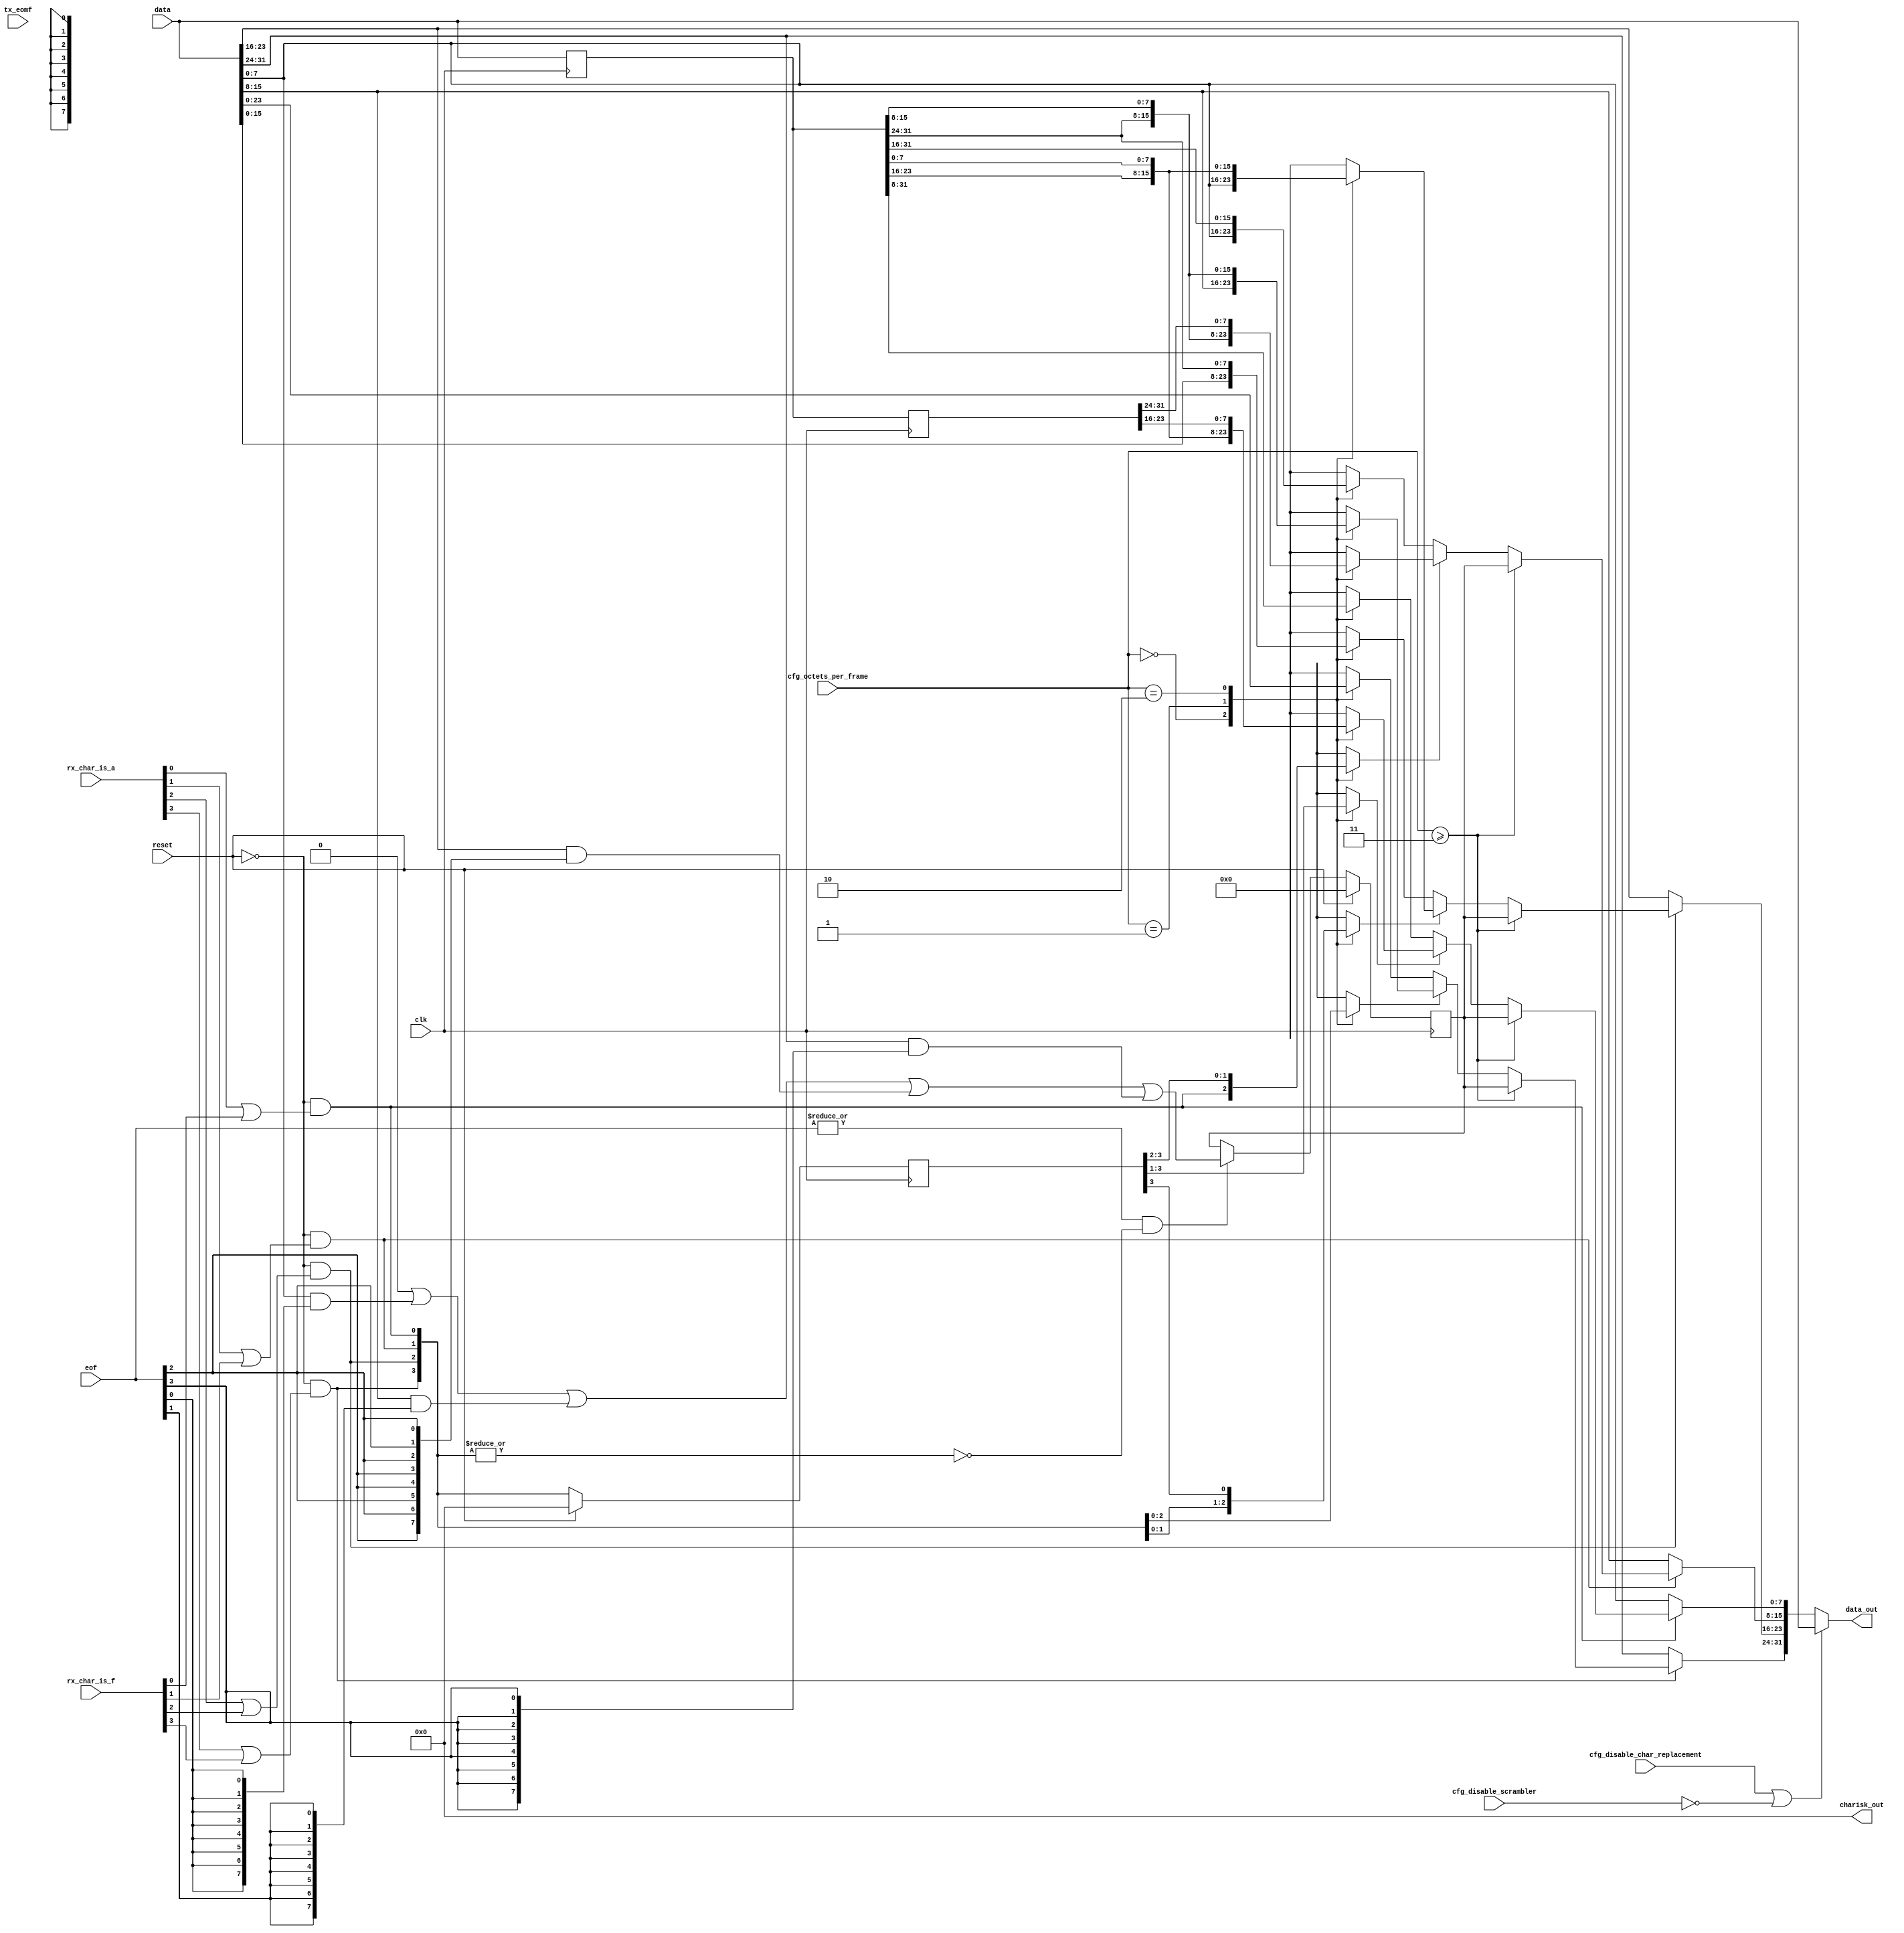
//
// The ADI JESD204 Core is released under the following license, which is
// different than all other HDL cores in this repository.
//
// Please read this, and understand the freedoms and responsibilities you have
// by using this source code/core.
//
// The JESD204 HDL, is copyright  2016-2017 Analog Devices Inc.
//
// This core is free software, you can use run, copy, study, change, ask
// questions about and improve this core. Distribution of source, or resulting
// binaries (including those inside an FPGA or ASIC) require you to release the
// source of the entire project (excluding the system libraries provide by the
// tools/compiler/FPGA vendor). These are the terms of the GNU General Public
// License version 2 as published by the Free Software Foundation.
//
// This core  is distributed in the hope that it will be useful, but WITHOUT ANY
// WARRANTY; without even the implied warranty of MERCHANTABILITY or FITNESS FOR
// A PARTICULAR PURPOSE. See the GNU General Public License for more details.
//
// You should have received a copy of the GNU General Public License version 2
// along with this source code, and binary.  If not, see
// <http://www.gnu.org/licenses/>.
//
// Commercial licenses (with commercial support) of this JESD204 core are also
// available under terms different than the General Public License. (e.g. they
// do not require you to accompany any image (FPGA or ASIC) using the JESD204
// core with any corresponding source code.) For these alternate terms you must
// purchase a license from Analog Devices Technology Licensing Office. Users
// interested in such a license should contact jesd204-licensing@analog.com for
// more information. This commercial license is sub-licensable (if you purchase
// chips from Analog Devices, incorporate them into your PCB level product, and
// purchase a JESD204 license, end users of your product will also have a
// license to use this core in a commercial setting without releasing their
// source code).
//
// In addition, we kindly ask you to acknowledge ADI in any program, application
// or publication in which you use this JESD204 HDL core. (You are not required
// to do so; it is up to your common sense to decide whether you want to comply
// with this request or not.) For general publications, we suggest referencing :
// The design and implementation of the JESD204 HDL Core used in this project
// is copyright  2016-2017, Analog Devices, Inc.
//

// Limitations:
//   DATA_PATH_WIDTH = 4, 8
//   F=1,2,3,4,6, and multiples of DATA_PATH_WIDTH

`timescale 1ns/100ps

module jesd204_frame_align_replace #(
  parameter DATA_PATH_WIDTH = 4,
  parameter IS_RX = 1'b1,
  parameter ENABLED = 1'b1
) (
  input                             clk,
  input                             reset,

  input [7:0]                       cfg_octets_per_frame,
  input                             cfg_disable_char_replacement,
  input                             cfg_disable_scrambler,

  input [DATA_PATH_WIDTH*8-1:0]     data,
  input [DATA_PATH_WIDTH-1:0]       eof,
  input [DATA_PATH_WIDTH-1:0]       rx_char_is_a,
  input [DATA_PATH_WIDTH-1:0]       rx_char_is_f,
  input [DATA_PATH_WIDTH-1:0]       tx_eomf,

  output [DATA_PATH_WIDTH*8-1:0]    data_out,
  output [DATA_PATH_WIDTH-1:0]      charisk_out
);

  localparam DPW_LOG2 = DATA_PATH_WIDTH == 8 ? 3 : DATA_PATH_WIDTH == 4 ? 2 : 1;

  wire                                  single_eof = cfg_octets_per_frame >= (DATA_PATH_WIDTH-1);
  reg  [DATA_PATH_WIDTH*8-1:0]          data_d1;
  reg  [DATA_PATH_WIDTH*8-1:0]          data_d2;
  wire [DATA_PATH_WIDTH-1:0]            char_is_align;
  reg  [DATA_PATH_WIDTH-1:0]            char_is_align_d1;
  reg  [DATA_PATH_WIDTH-1:0]            char_is_align_d2;
  wire [((DATA_PATH_WIDTH*2)+4)*8-1:0]  saved_data;
  wire [((DATA_PATH_WIDTH*2)+4)-1:0]    saved_char_is_align;
  wire [DATA_PATH_WIDTH*8-1:0]          data_replaced;
  wire [DATA_PATH_WIDTH*8-1:0]          data_prev_eof;
  wire [DATA_PATH_WIDTH*8-1:0]          data_prev_prev_eof;
  reg  [7:0]                            data_prev_eof_single;
  reg  [7:0]                            data_prev_eof_single_int;
  reg                                   char_is_align_prev_single;

  wire [DATA_PATH_WIDTH*8-1:0]          prev_data_1;
  wire [DATA_PATH_WIDTH*8-1:0]          prev_prev_data_1;
  wire [DATA_PATH_WIDTH-1:0]            prev_char_is_align_1;
  wire [DATA_PATH_WIDTH*8-1:0]          prev_data_2;
  wire [DATA_PATH_WIDTH*8-1:0]          prev_prev_data_2;
  wire [DATA_PATH_WIDTH-1:0]            prev_char_is_align_2;
  wire [DATA_PATH_WIDTH*8-1:0]          prev_data_3;
  wire [DATA_PATH_WIDTH*8-1:0]          prev_prev_data_3;
  wire [DATA_PATH_WIDTH-1:0]            prev_char_is_align_3;
  wire [DATA_PATH_WIDTH*8-1:0]          prev_data_4;
  wire [DATA_PATH_WIDTH*8-1:0]          prev_prev_data_4;
  wire [DATA_PATH_WIDTH-1:0]            prev_char_is_align_4;
  wire [DATA_PATH_WIDTH*8-1:0]          prev_data_6;
  wire [DATA_PATH_WIDTH*8-1:0]          prev_prev_data_6;
  wire [DATA_PATH_WIDTH-1:0]            prev_char_is_align_6;
  reg  [DATA_PATH_WIDTH*8-1:0]          prev_data;
  reg  [DATA_PATH_WIDTH*8-1:0]          prev_prev_data;
  reg  [DATA_PATH_WIDTH-1:0]            prev_char_is_align;
  reg  [DPW_LOG2:0]                     jj;
  reg  [DPW_LOG2:0]                     ll;

  always @(posedge clk) begin
    data_d1 <= data;
    data_d2 <= data_d1;
  end

  always @(posedge clk) begin
    if(reset) begin
      char_is_align_d1 <= 'b0;
      char_is_align_d2 <= 'b0;
    end else begin
      char_is_align_d1 <= char_is_align;
      char_is_align_d2 <= char_is_align_d1;
    end
  end

  // Capture single EOF in current cycle

  always @(eof, data) begin
    data_prev_eof_single_int = 'b0;
    for(ll = 0; ll < DATA_PATH_WIDTH; ll=ll+1) begin
      data_prev_eof_single_int = data_prev_eof_single_int | (data[ll*8 +: 8] & {8{eof[ll]}});
    end
  end

  always @(posedge clk) begin
    if(reset) begin
      data_prev_eof_single <= 'b0;
    end else begin
      if(|eof && (!IS_RX || !(|char_is_align))) begin
        data_prev_eof_single <= data_prev_eof_single_int;
      end
    end
  end

  always @(posedge clk) begin
    if(reset) begin
      char_is_align_prev_single <= 'b0;
    end else begin
      if(|eof) begin
        char_is_align_prev_single <= |char_is_align;
      end
    end
  end

  assign saved_data = {data, data_d1, data_d2[(DATA_PATH_WIDTH*8)-1:(DATA_PATH_WIDTH-4)*8]};
  assign saved_char_is_align = {char_is_align, char_is_align_d1, char_is_align_d2[DATA_PATH_WIDTH-1:DATA_PATH_WIDTH-4]};

  genvar ii;
  generate
  for (ii = 0; ii < DATA_PATH_WIDTH; ii = ii + 1) begin: gen_replace_byte
    assign prev_data_1[ii*8 +:8] = saved_data[(DATA_PATH_WIDTH+3+ii)*8 +: 8];
    assign prev_data_2[ii*8 +:8] = saved_data[(DATA_PATH_WIDTH+2+ii)*8 +: 8];
    assign prev_data_3[ii*8 +:8] = saved_data[(DATA_PATH_WIDTH+1+ii)*8 +: 8];
    assign prev_prev_data_1[ii*8 +:8] = saved_data[(DATA_PATH_WIDTH+2+ii)*8 +: 8];
    assign prev_prev_data_2[ii*8 +:8] = saved_data[(DATA_PATH_WIDTH+ii)*8 +: 8];
    assign prev_prev_data_3[ii*8 +:8] = saved_data[(DATA_PATH_WIDTH-2+ii)*8 +: 8];
    assign prev_char_is_align_1[ii] = saved_char_is_align[(DATA_PATH_WIDTH+3+ii)];
    assign prev_char_is_align_2[ii] = saved_char_is_align[(DATA_PATH_WIDTH+2+ii)];
    assign prev_char_is_align_3[ii] = saved_char_is_align[(DATA_PATH_WIDTH+1+ii)];

    if(DATA_PATH_WIDTH == 8) begin : gen_dp_8
      assign prev_data_4[ii*8 +:8] = saved_data[(DATA_PATH_WIDTH+ii)*8 +: 8];
      assign prev_data_6[ii*8 +:8] = saved_data[(DATA_PATH_WIDTH-2+ii)*8 +: 8];
      assign prev_prev_data_4[ii*8 +:8] = saved_data[(DATA_PATH_WIDTH-4+ii)*8 +: 8];
      assign prev_prev_data_6[ii*8 +:8] = saved_data[(DATA_PATH_WIDTH-8+ii)*8 +: 8];
      assign prev_char_is_align_4[ii] = saved_char_is_align[(DATA_PATH_WIDTH+ii)];
      assign prev_char_is_align_6[ii] = saved_char_is_align[(DATA_PATH_WIDTH-2+ii)];
    end else begin
      assign prev_data_4[ii*8 +:8] = 'bX;
      assign prev_data_6[ii*8 +:8] = 'bX;
      assign prev_prev_data_4[ii*8 +:8] = 'bX;
      assign prev_prev_data_6[ii*8 +:8] = 'bX;
      assign prev_char_is_align_4[ii] = 'bX;
      assign prev_char_is_align_6[ii] = 'bX;
    end

    always @(*) begin
      case(cfg_octets_per_frame)
        0:
          begin
            prev_data[ii*8 +:8] = prev_data_1[ii*8 +:8];
            prev_prev_data[ii*8 +:8] = prev_prev_data_1[ii*8 +:8];
            prev_char_is_align[ii] = prev_char_is_align_1[ii];
          end
        1:
          begin
            prev_data[ii*8 +:8] = prev_data_2[ii*8 +:8];
            prev_prev_data[ii*8 +:8] = prev_prev_data_2[ii*8 +:8];
            prev_char_is_align[ii] = prev_char_is_align_2[ii];
          end
        2:
          begin
            prev_data[ii*8 +:8] = prev_data_3[ii*8 +:8];
            prev_prev_data[ii*8 +:8] = prev_prev_data_3[ii*8 +:8];
            prev_char_is_align[ii] = prev_char_is_align_3[ii];
          end
        3:
          begin
            prev_data[ii*8 +:8] = prev_data_4[ii*8 +:8];
            prev_prev_data[ii*8 +:8] = prev_prev_data_4[ii*8 +:8];
            prev_char_is_align[ii] = prev_char_is_align_4[ii];
          end
        5:
          begin
            prev_data[ii*8 +:8] = prev_data_6[ii*8 +:8];
            prev_prev_data[ii*8 +:8] = prev_prev_data_6[ii*8 +:8];
            prev_char_is_align[ii] = prev_char_is_align_6[ii];
          end
        default:
          begin
            prev_data[ii*8 +:8] = 'bX;
            prev_prev_data[ii*8 +:8] = 'bX;
            prev_char_is_align[ii] = 1'bX;
          end
      endcase
    end

    if(IS_RX) begin : gen_rx
      // RX
      assign char_is_align[ii] = !reset && (rx_char_is_a[ii] | rx_char_is_f[ii]);
      assign data_replaced[ii*8 +: 8] = char_is_align[ii] ? data_prev_eof[ii*8 +: 8] : data[ii*8 +: 8];
      assign data_prev_eof[ii*8 +: 8] = single_eof ? data_prev_eof_single : prev_char_is_align[ii] ? data_prev_prev_eof[ii*8 +: 8] : prev_data[ii*8 +: 8];
      assign data_prev_prev_eof[ii*8 +: 8] = prev_prev_data[ii*8 +: 8];
    end else begin : gen_tx
      // TX
      assign data_prev_eof[ii*8 +: 8] = single_eof ? data_prev_eof_single : prev_data[ii*8 +: 8];
      assign char_is_align[ii] = !reset && (tx_eomf[ii] || (eof[ii] && !(single_eof ? char_is_align_prev_single : prev_char_is_align[ii]))) && (data[ii*8 +: 8] == data_prev_eof[ii*8 +: 8]);
      assign data_replaced[ii*8 +: 8] = char_is_align[ii] ? (tx_eomf[ii] ? 8'h7c : 8'hfc) : data[ii*8 +: 8];
    end
  end
  endgenerate

  assign data_out = (cfg_disable_char_replacement || !cfg_disable_scrambler || ENABLED==0) ? data : data_replaced;
  assign charisk_out = (IS_RX || !cfg_disable_scrambler || cfg_disable_char_replacement || ENABLED==0) ? 'b0 : char_is_align;

endmodule